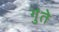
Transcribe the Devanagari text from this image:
गुंते